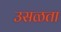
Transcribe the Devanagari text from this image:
उसळता